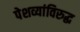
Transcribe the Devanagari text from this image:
पेशव्यांविरुद्ध